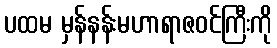
ပထမ မှန်နန်းမဟာရာဇဝင်ကြီးကို